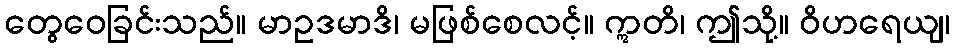
တွေဝေခြင်းသည်။ မာဥဒမာဒိ၊ မဖြစ်စေလင့်။ ဣတိ၊ ဤသို့။ ဝိဟရေယျ၊